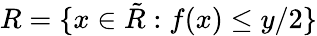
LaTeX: R=\{ x\in\tilde{R}:f(x)\leq y/2\}